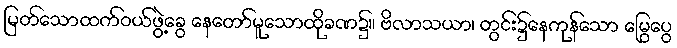
မြတ်သောထက်ဝယ်ဖွဲ့ခွေ နေတော်မူသောထိုခဏ၌။ ဗိလာသယာ၊ တွင်း၌နေကုန်သော မြွေပွေ